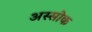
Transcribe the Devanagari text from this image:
अस्सोक